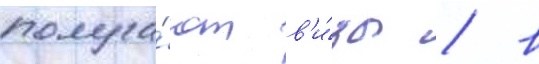
получа́ют в'и́зы / в